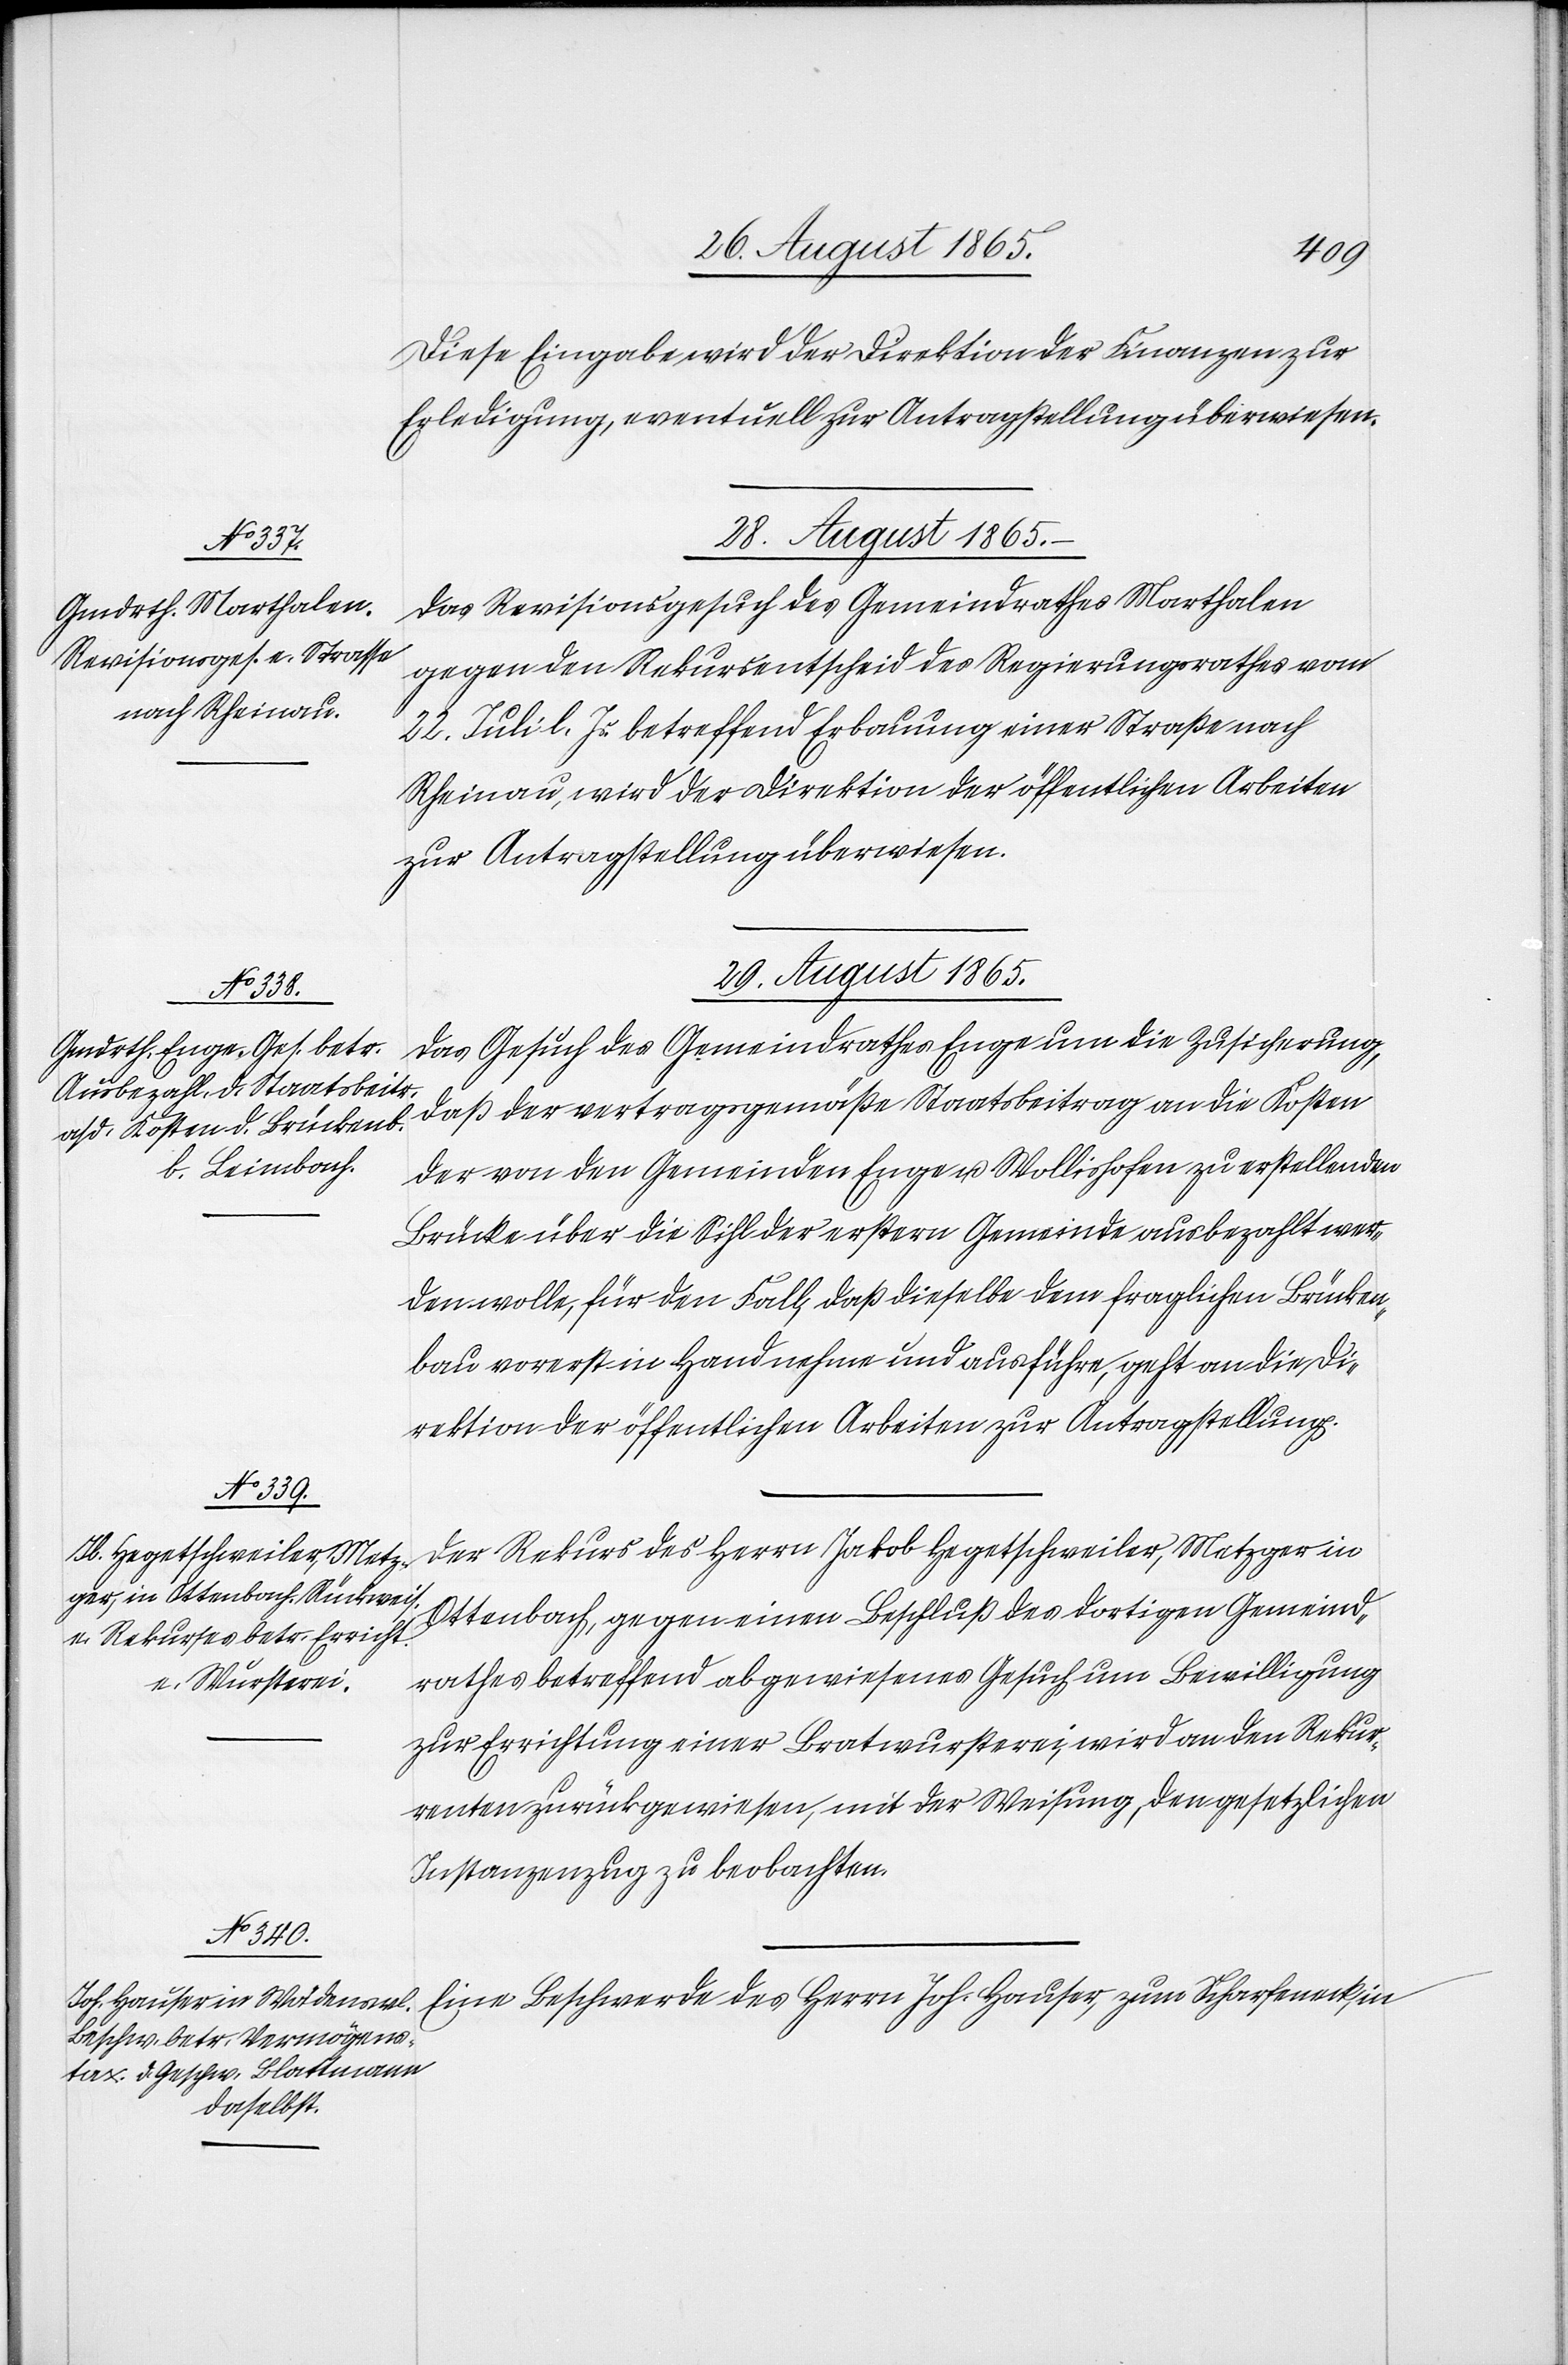
Diese Eingabe wird der Direktion der Finanzen zur
Erledigung, eventuell zur Antragstellung überwiesen.
28. August 1865.
Das Revisionsgesuch des Gemeindrathes Marthalen
gegen den Rekursentscheid des Regierungsrathes vom
22. Juli l. Js. betreffend Erbauung einer Straße nach
Rheinau, wird der Direktion der öffentlichen Arbeiten
zur Antragstellung überwiesen.
29. August 1865.]
Das Gesuch des Gemeindrathes Enge um die Zusicherung,
daß der vertragsgemäße Staatsbeitrag an die Kosten
der von den Gemeinden Enge u. Wollishofen zu erstellenden
Brücke über die Sihl der erstern Gemeinde ausbezahlt wer¬
den wolle, für den Fall, daß dieselbe dem fraglichen Brücken¬
bau vorerst in Hand nehme und ausführe, geht an die Di¬
rektion der öffentlichen Arbeiten zur Antragstellung.
Der Rekurs des Herrn Jakob Hegetschweiler, Metzger in
Ottenbach, gegen einen Beschluß des dortigen Gemeind¬
rathes betreffend abgewiesenes Gesuch um Bewilligung
zur Errichtung einer Bratwursterei, wird an den Rekur¬
renten zurückgewiesen, mit der Weisung, den gesetzlichen
Instanzenzug zu beobachten.
Eine Beschwerde des Herrn Joh. Hauser, zum Scharfeneck, in